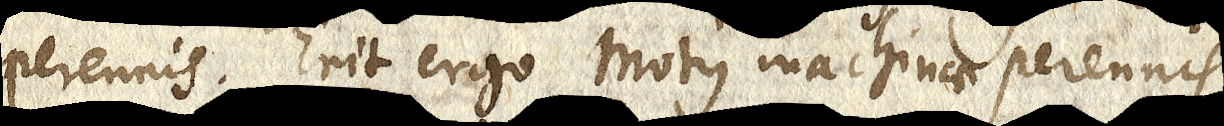
perennis. Erit ergo motus machinae perennis.